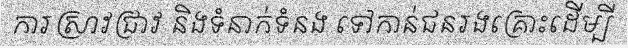
ការស្រាវជ្រាវ និងទំនាក់ទំនង ទៅកាន់ជនរងគ្រោះដើម្បី